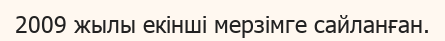
2009 жылы екінші мерзімге сайланған.